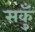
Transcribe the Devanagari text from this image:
सकुँ